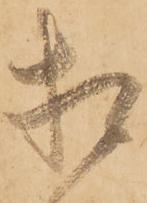
相